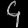
Digit: ၄